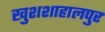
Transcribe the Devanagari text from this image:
खुशशाहालपुर